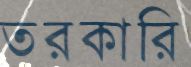
তরকারি